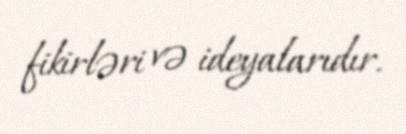
fikirləri və ideyalarıdır.